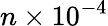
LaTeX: n\times 10^{-4}